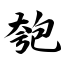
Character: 匏